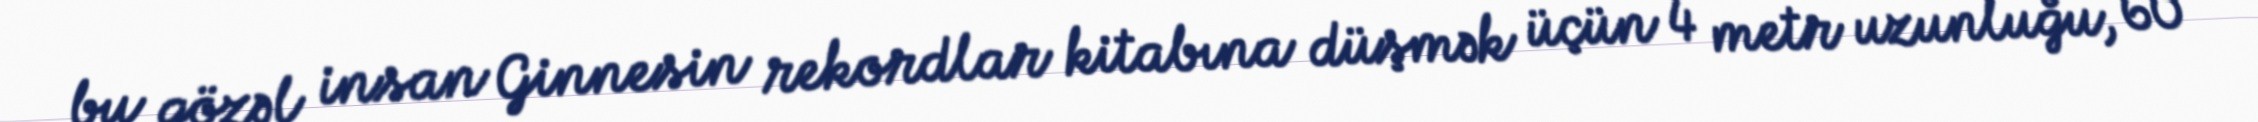
bu gözəl insan Ginnesin rekordlar kitabına düşmək üçün 4 metr uzunluğu, 60